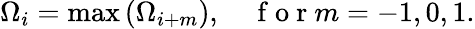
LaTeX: \Omega_{i}=\operatorname*{max}\left(\Omega_{i+m}\right),\quad\mathrm{~f~o~r~}m=-1,0,1.